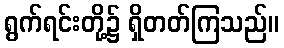
ရွက်ရင်းတို့၌ ရှိတတ်ကြသည်။